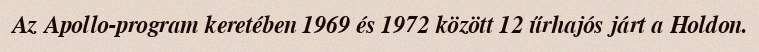
Az Apollo-program keretében 1969 és 1972 között 12 űrhajós járt a Holdon.